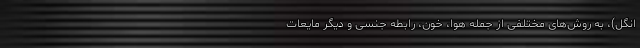
انگل)، به روش‌های مختلفی از جمله هوا، خون، رابطه جنسی و دیگر مایعات